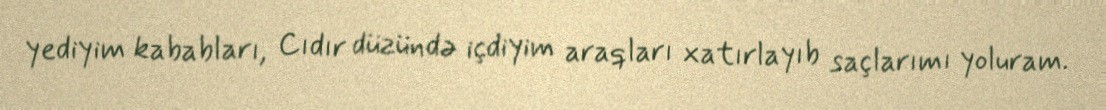
yediyim kababları, Cıdır düzündə içdiyim araqları xatırlayıb saçlarımı yoluram.